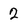
Character: 2